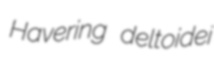
Havering deltoidei